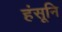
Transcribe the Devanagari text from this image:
हंसूनि